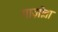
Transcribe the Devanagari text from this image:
गाज़ोता